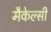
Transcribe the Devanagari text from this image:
मैकेल्सी